Papers set at the Examination for Leaving Certificates, 1892
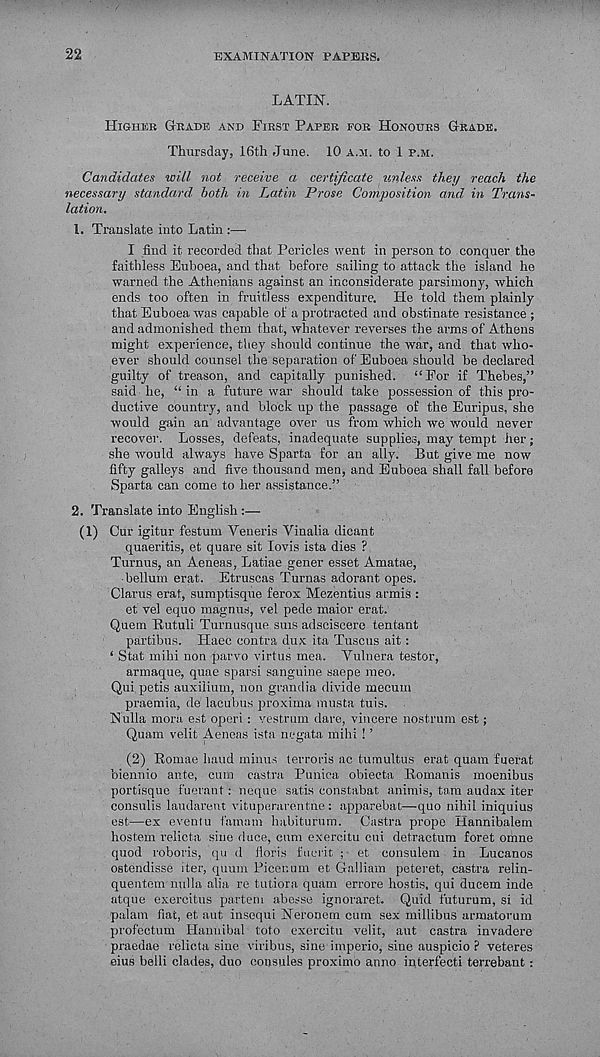
22
EXAMINATION PAPERS.
LATIN.
HIGHER GRADE AND FIRST PAPER FOR HONOURS GRADE.
Thursday, 16th June. 10 A.M. to 1 P.M.
Candidates will not receive a certificate unless they reach the
necessary standard both in Latin Prose Composition and, in Trans-
lation.
1. Translate into Latin :—
I find it recorded that Pericles went in person to conquer the
faithless Euboea, and that before sailing to attack the island he
warned the Athenians against an inconsiderate parsimony, which
ends too often in fruitless expenditure. He told them plainly
that Euboea was capable of a protracted and obstinate resistance ;
and admonished them that, whatever reverses the arms of Athens
might experience, they should continue the war, and that who-
ever should counsel the separation of Euboea should be declared
guilty of treason, and capitally punished. “For if Thebes,”
said he, “ in a future war should take possession of this pro-
ductive country, and block up the passage of the Euripus, she
would gain an advantage over us from which we would never
recover. Losses, defeats, inadequate supplies, may tempt her;
she would always have Sparta for an ally. But give me now
fifty galleys and five thousand men, and Euboea shall fall before
Sparta can come to her assistance.”
2. Translate into English :—
(1) Our igitur festum Veneris Vinalia dicant
quaeritis, et quare sit lovis ista dies ?
Turnus, an Aeneas, Latiae gener esset Amatae,
helium erat. Etruscas Turnas adorant opes.
Claims erat, sumptisque ferox Mezentius armis :
et vel equo magnus, vel pede maior erat.
Quem Rutuli Turnusque sms adsciscere tentant
partibus. Haec contra dux ita Tuscus ait:
‘ Stat mihi non parvo virtus mea. Vulnera tester,
armaque, quae sparsi sanguine saepe meo.
Qui petis auxilium, non grandia divide mecum
praemia, de lacubus proxima musta tuis.
Nulla morn est operi : vestrum dare, vincere nostrum est;
Quam velit Aeneas ista negata mihi ! ’
(2) Romae hand minus terroris ac tumultus erat quam fuerat
biennio ante, cum cast.ra Punica obieeta Romanis moenibus
portisque fuerant: neque satis constabat animis, tom audax iter
consulis laudarent vituperarentne: apparebat—quo nihil iniquius
est—ex eventu famam habiturum. Castra prope Hannibalem
hostem relicta sine duce, cum exercitu cui detractum foret omne
quod roboris, qu d lloris fucrit ; et consulem in Lucanos
ostendisse iter, quum Picenum et Galliam peteret, castra relin-
quentem nulla alia re tutiora quam errore hostis, qui ducem inde
atque exercitus partem abesse ignoraret. Quid futurum, si id
palam fiat, et aut insequi Neronem cum sex millibus armatorum
profectum Hannibal toto exercitu velit, aut castra invadere
praedae relicta sine viribus, sine imperio, sine auspicio ? veteres
eius belli clades, duo consules proximo anno interfecti terrebant: